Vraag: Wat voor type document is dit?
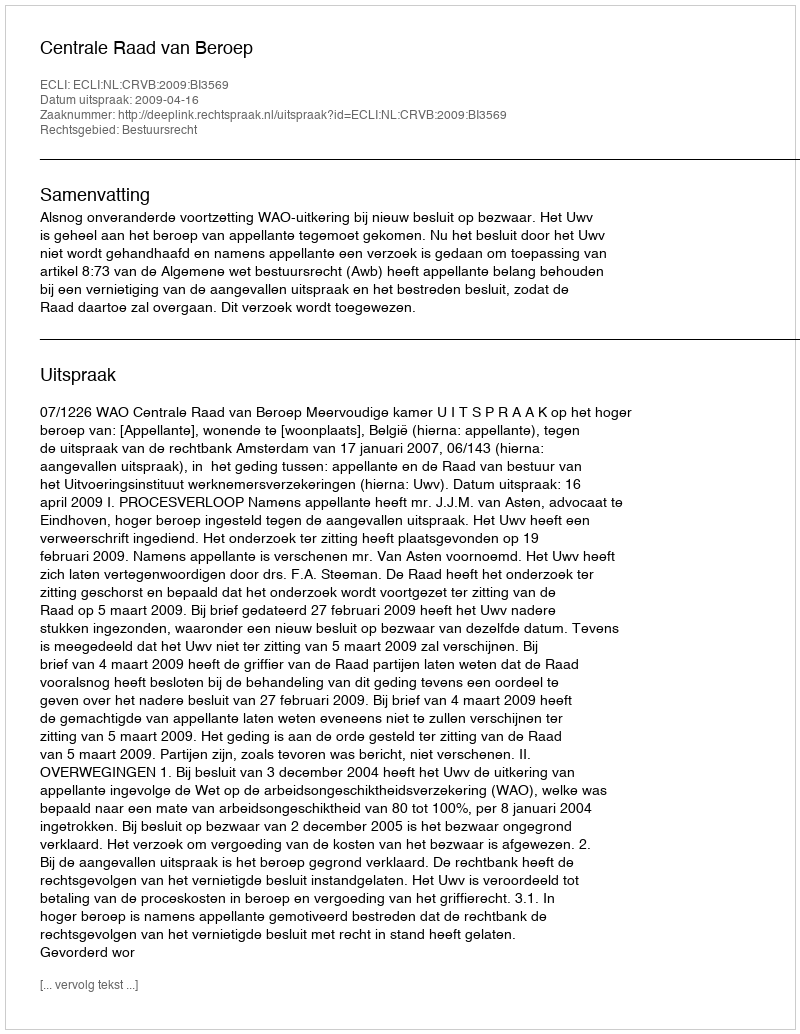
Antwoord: Uitspraak